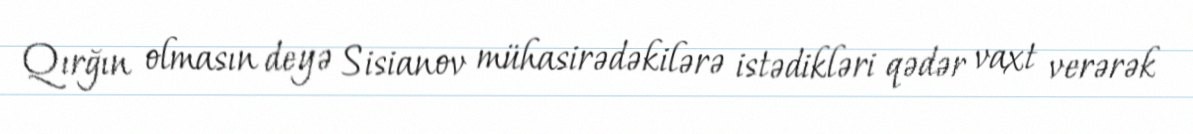
Qırğın olmasın deyə Sisianov mühasirədəkilərə istədikləri qədər vaxt verərək